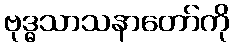
ဗုဒ္ဓသာသနာတော်ကို